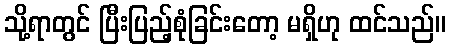
သို့ရာတွင် ပြီးပြည့်စုံခြင်းတော့ မရှိဟု ထင်သည်။